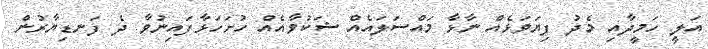
އަލީ ހަމީދާއި މެދު ފިޔަވަޅެއް ނާޅާ މައްސަލައެއް ޝަކުވާއެއް ހުށަހަޅާފައިނުވާ ދެ ފަނޑިޔާރުން